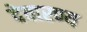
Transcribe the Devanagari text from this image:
देवारण्य